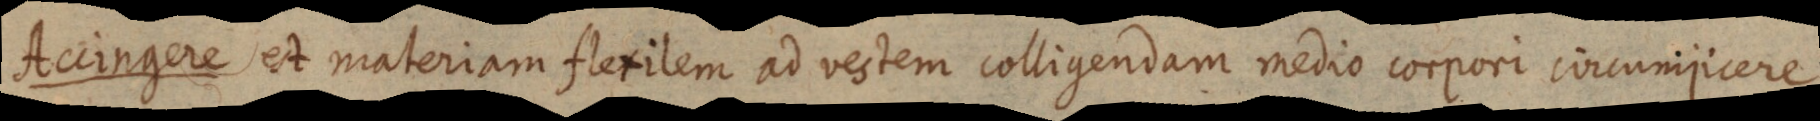
Accingere est materiam flexilem ad vestem colligendam medio corpori circumjicere